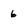
Character: 6